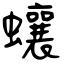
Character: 蠰